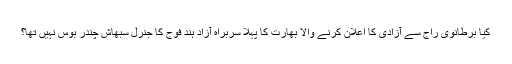
کیا برطانوی راج سے آزادی کا اعلان کرنے والا بھارت کا پہلا سربراہ آزاد ہند فوج کا جنرل سبھاش چندر بوس نہیں تھا؟